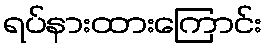
ရပ်နားထားကြောင်း